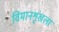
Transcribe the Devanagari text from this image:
विमानशृंखला